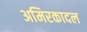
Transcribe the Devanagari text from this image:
अमिरकादल